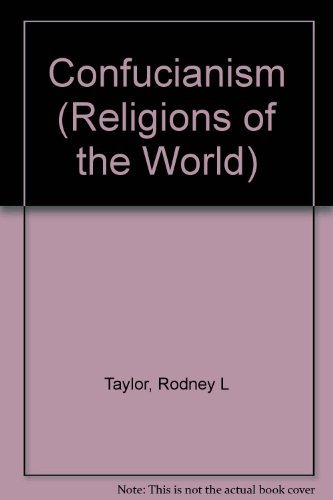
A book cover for Confucianism (Religions of the World (Chelsea House Paperback)); Rodney L. Taylor; Teen & Young Adult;